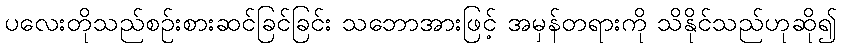
ပလေးတိုသည်စဉ်းစားဆင်ခြင်ခြင်း သဘောအားဖြင့် အမှန်တရားကို သိနိုင်သည်ဟုဆို၍